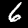
Label: 6